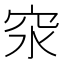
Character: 𥤼